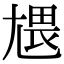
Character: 㞇